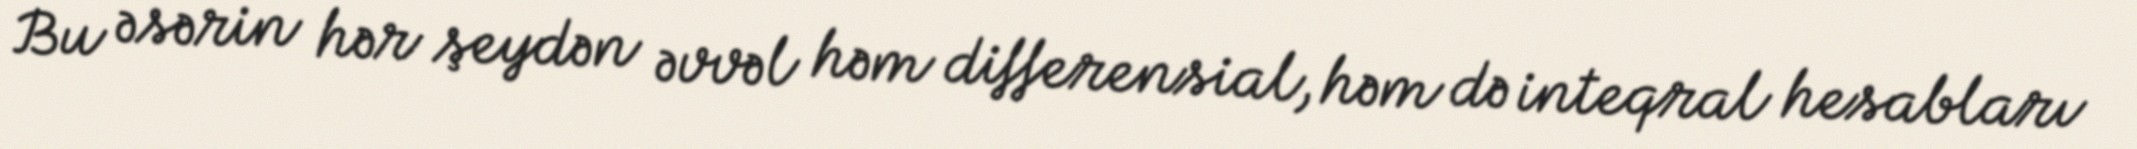
Bu əsərin hər şeydən əvvəl həm differensial, həm də inteqral hesabları